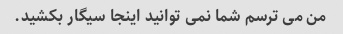
من می ترسم شما نمی توانید اینجا سیگار بکشید.